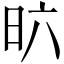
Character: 𣅶